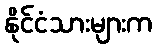
နိုင်ငံသားများက